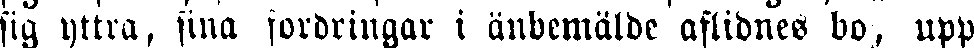
sig yttra, sina fordringar i änbemälde aflidnes bo, upp